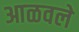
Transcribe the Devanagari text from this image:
आळवले